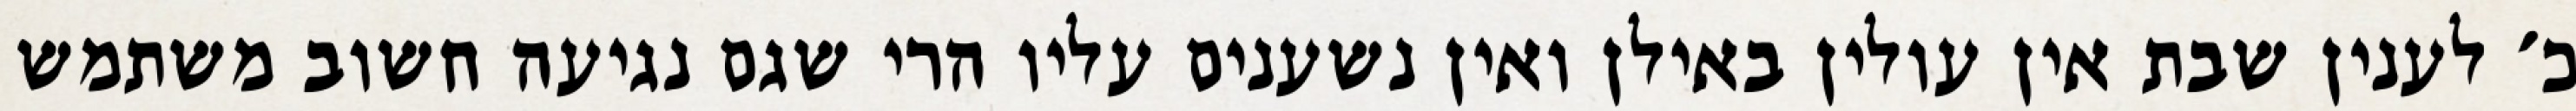
כ׳ לענין שבת אין עולין באילן ואין נשענים עליו הרי שגם נגיעה חשוב משתמש